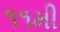
૧૧મી